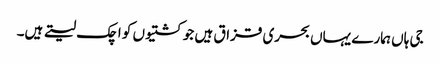
جی ہاں ہمارے یہاں بحری قزاق ہیں جو کشتیوں کو اچک لیتے ہیں۔